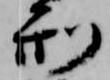
刑